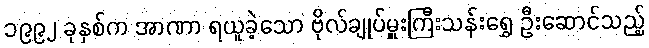
၁၉၉၂ ခုနှစ်က အာဏာ ရယူခဲ့သော ဗိုလ်ချုပ်မှူးကြီးသန်းရွှေ ဦးဆောင်သည့်